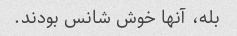
بله، آنها خوش شانس بودند.